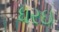
ધરઇ